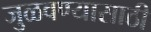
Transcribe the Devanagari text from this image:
जुळवण्यासाठी